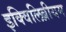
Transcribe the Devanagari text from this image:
इक्विलिब्रीयम